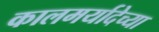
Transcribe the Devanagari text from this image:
कालमर्यादेच्या